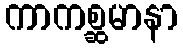
ကာကစ္ဆမာနာ